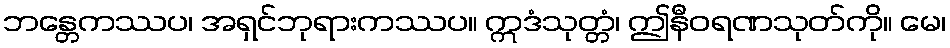
ဘန္တေကဿပ၊ အရှင်ဘုရားကဿပ။ ဣဒံသုတ္တံ၊ ဤနီဝရဏသုတ်ကို။ မေ၊